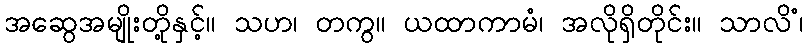
အဆွေအမျိုးတို့နှင့်။ သဟ၊ တကွ။ ယထာကာမံ၊ အလိုရှိတိုင်း။ သာလိံ၊